Civil Veterinary Dept. North-West Frontier Province 1901-22 - 1901-1922
Year: 1901
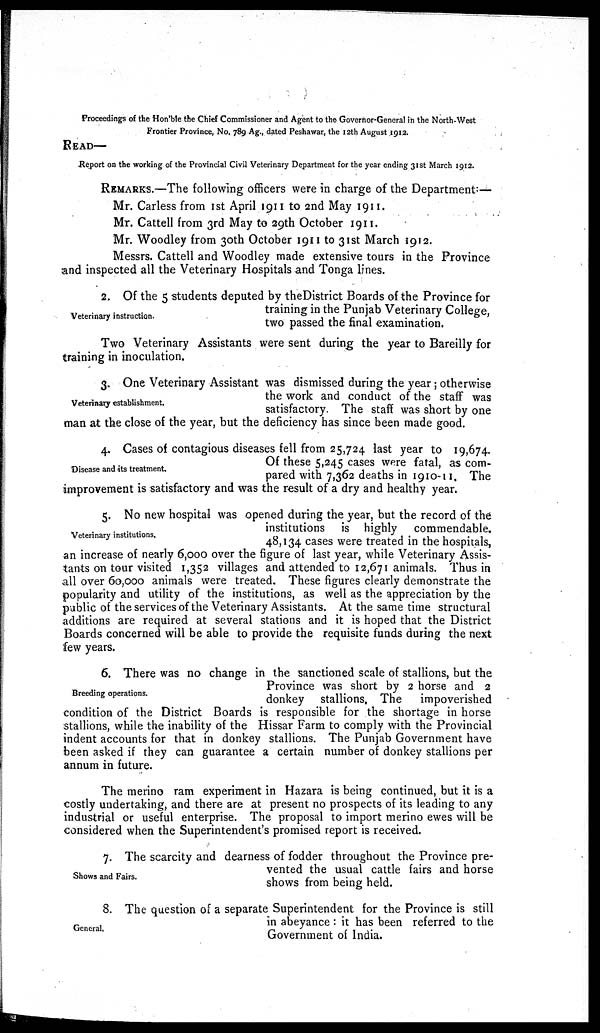
Proceedings of the Hon ble the Chief Commissioner and Agent to the Governor-General in the North-West
Frontier Province, No, 789 Ag., dated Peshawar, the 12th August 1912.
READ—
Report on the working of the Provincial Civil Veterinary Department for the year ending 31st March 1912.
REMARKS.—The following officers were in charge of the Department:—
Mr. Carless from 1st April 1911 to 2nd May 1911.
Mr. Cattell from 3rd May to 29th October 1911.
Mr. Woodley from 30th October 1911 to 31st March 1912.
Messrs. Cattell and Woodley made extensive tours in the Province
and inspected all the Veterinary Hospitals and Tonga lines.
Veterinary instruction.
2. Of the 5 students deputed by the District Boards of the Province for
training in the Punjab Veterinary College,
two passed the final examination.
Two Veterinary Assistants were sent during the year to Bareilly for
training in inoculation.
Veterinary establishment.
3. One Veterinary Assistant was dismissed during the year ; otherwise
the work and conduct of the staff was
satisfactory. The staff was short by one
man at the close of the year, but the deficiency has since been made good.
Disease and its treatment.
4. Cases of contagious diseases fell from 25,724 last year to 19,674.
Of these 5,245 cases were fatal, as com-
pared with 7,362 deaths in 1910-11. The
improvement is satisfactory and was the result of a dry and healthy year.
Veterinary institutions.
5. No new hospital was opened during the year, but the record of the
institutions is highly commendable.
48,134 cases were treated in the hospitals,
an increase of nearly 6,000 over the figure of last year, while Veterinary Assis-
tants on tour visited 1,352 villages and attended to 12,671 animals. Thus in
all over 60,000 animals were treated. These figures clearly demonstrate the
popularity and utility of the institutions, as well as the appreciation by the
public of the services of the Veterinary Assistants. At the same time structural
additions are required at several stations and it is hoped that the District
Boards concerned will be able to provide the requisite funds during the next
few years.
Breeding operations.
6. There was no change in the sanctioned scale of stallions, but the
Province was short by 2 horse and 2
donkey stallions. The
impoverished
condition of the District Boards is responsible for the shortage in horse
stallions, while the inability of the Hissar Farm to comply with the Provincial
indent accounts for that in donkey stallions. The Punjab Government have
been asked if they can guarantee a certain number of donkey stallions per
annum in future.
The merino ram experiment in Hazara is being continued, but it is a
costly undertaking, and there are at present no prospects of its leading to any
industrial or useful enterprise. The proposal to import merino ewes will be
considered when the Superintendent's promised report is received.
Shows and Fairs.
7. The scarcity and dearness of fodder throughout the Province pre-
vented the usual cattle fairs and horse
shows from being held.
General.
8. The question of a separate Superintendent for the Province is still
in abeyance : it has been referred to the
Government of India.